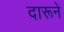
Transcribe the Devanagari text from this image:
दारूने